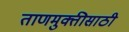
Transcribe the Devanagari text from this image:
ताणमुक्तीसाठी